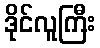
ဒိုင်လူကြီး